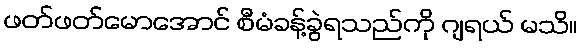
ဖတ်ဖတ်မောအောင် စီမံခန့်ခွဲရသည်ကို ဂျရယ် မသိ။